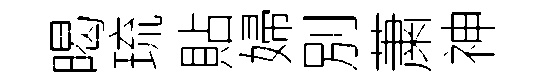
暍琉貼婦別䔥神